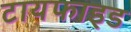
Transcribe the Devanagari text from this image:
टायफाइड